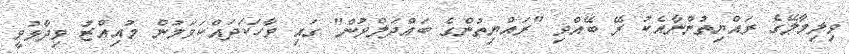
ވިލިމާލޭގެ ރައްޔިތުންނާއެކު ރޭ ބޭއްވި "ރައްޔިތުންގެ ބައްދަލްވުން" ގައި ވާހަކަދައްކަވަމުން މުއިއްޒު ވިދާޅުވީ